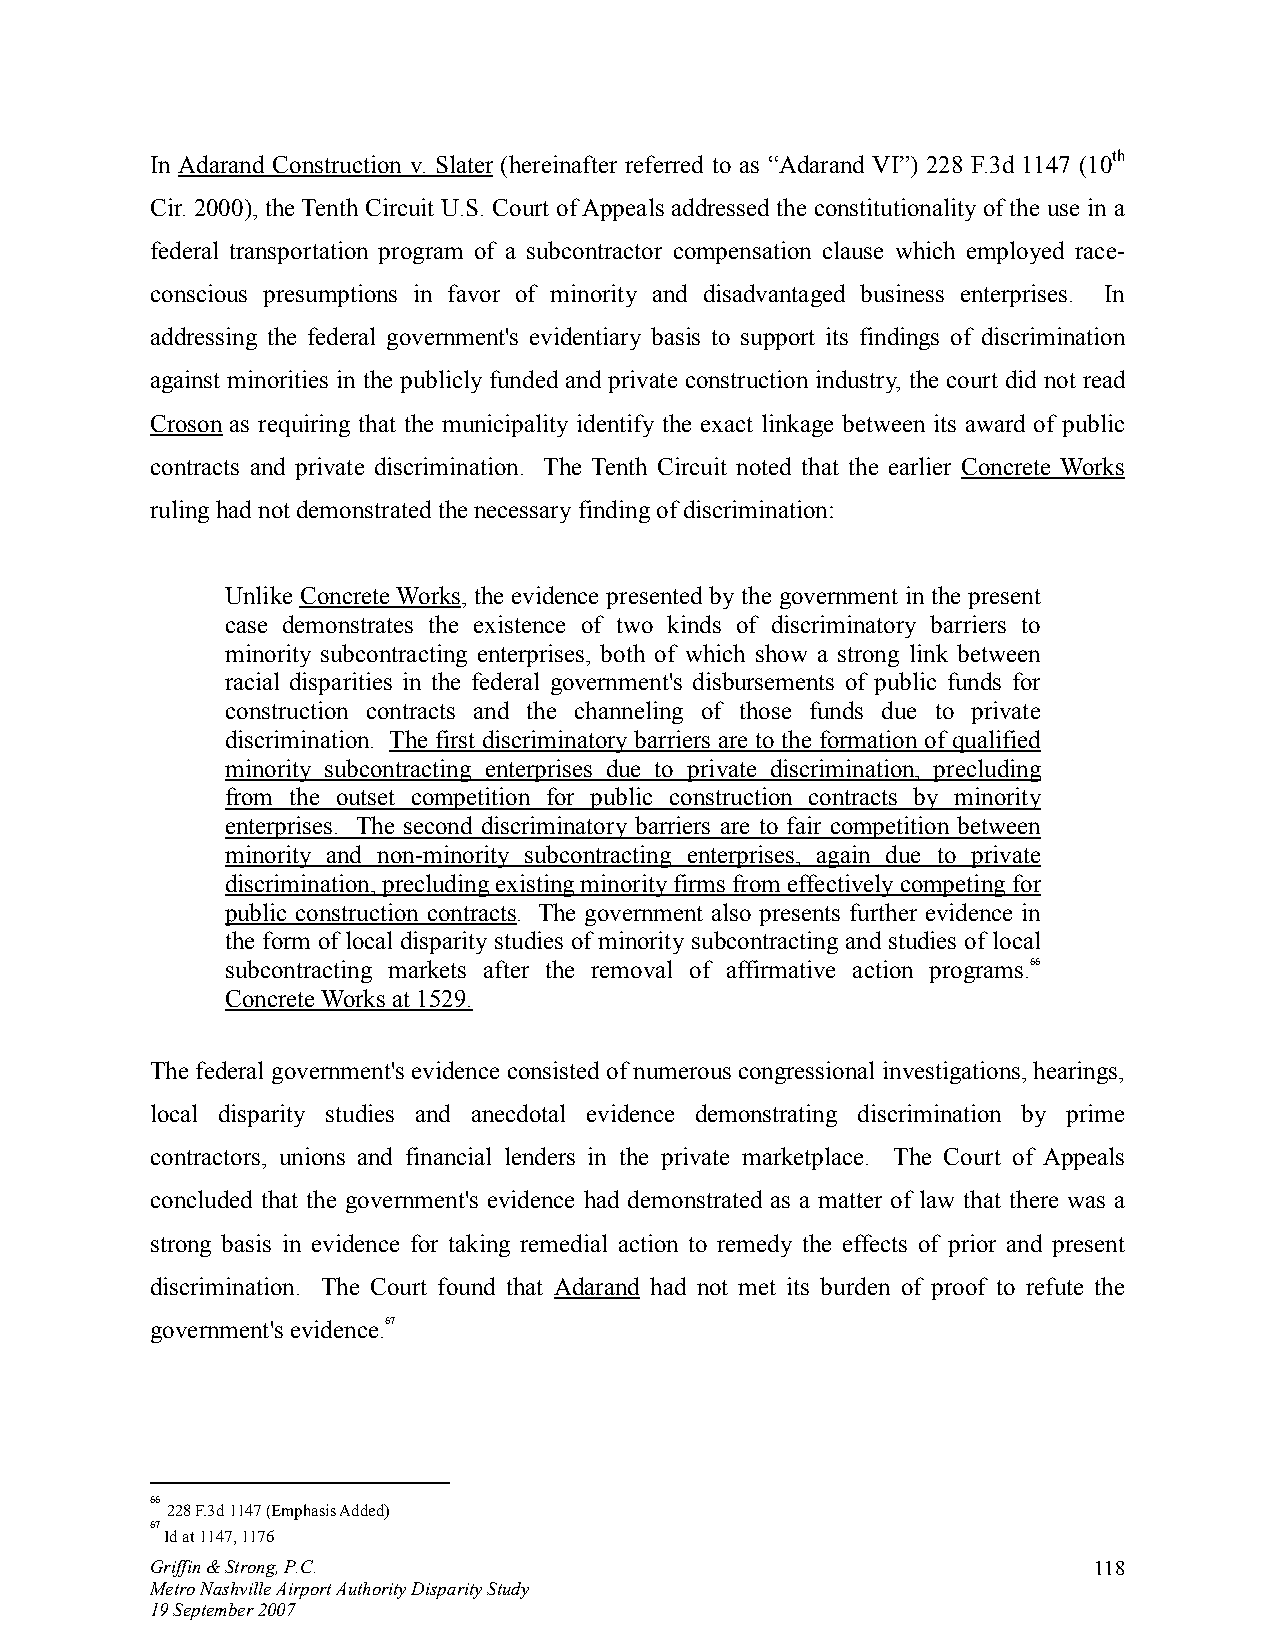
In Adarand Construction v. Slater (hereinafter referred to as “Adarand VI”) 228 F.3d 1147 (10th
 Cir. 2000), the Tenth Circuit U.S. Court of Appeals addressed the constitutionality of the use in a
 federal transportation program of a subcontractor compensation clause which employed race-
 conscious presumptions in favor of minority and disadvantaged business enterprises. In
 addressing the federal government's evidentiary basis to support its findings of discrimination
 against minorities in the publicly funded and private construction industry, the court did not read
 Croson as requiring that the municipality identify the exact linkage between its award of public
 contracts and private discrimination. The Tenth Circuit noted that the earlier Concrete Works
 ruling had not demonstrated the necessary finding of discrimination:
 Unlike Concrete Works, the evidence presented by the government in the present
 case demonstrates the existence of two kinds of discriminatory barriers to
 minority subcontracting enterprises, both of which show a strong link between
 racial disparities in the federal government's disbursements of public funds for
 construction contracts and the channeling of those funds due to private
 discrimination. The first discriminatory barriers are to the formation of qualified
 minority subcontracting enterprises due to private discrimination, precluding
 from the outset competition for public construction contracts by minority
 enterprises. The second discriminatory barriers are to fair competition between
 minority and non-minority subcontracting enterprises, again due to private
 discrimination, precluding existing minority firms from effectively competing for
 public construction contracts. The government also presents further evidence in
 the form of local disparity studies of minority subcontracting and studies of local
 subcontracting markets after the removal of affirmative action programs.66
 Concrete Works at 1529.
 The federal government's evidence consisted of numerous congressional investigations, hearings,
 local disparity studies and anecdotal evidence demonstrating discrimination by prime
 contractors, unions and financial lenders in the private marketplace. The Court of Appeals
 concluded that the government's evidence had demonstrated as a matter of law that there was a
 strong basis in evidence for taking remedial action to remedy the effects of prior and present
 discrimination. The Court found that Adarand had not met its burden of proof to refute the
 government's evidence.67
 66
 228 F.3d 1147 (Emphasis Added)
 67
 Id at 1147, 1176
 Griffin & Strong, P.C.                                        118
 Metro Nashville Airport Authority Disparity Study
 19 September 2007